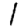
Digit: 1